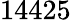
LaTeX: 14425